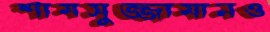
শামসুজ্জামানও